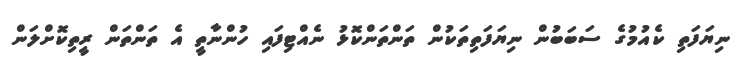
ނިޔަފަތި ކެއުމުގެ ސަބަބުން ނިޔަފަތިތަކުން ތަންތަންކޮޅު ނެއްޓިފައި ހުންނާތީ އެ ތަންތަން ރީތިކޮށްލަން